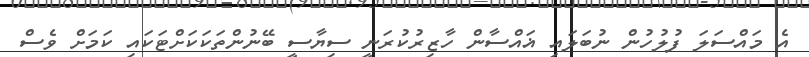
އެ މައްސަލަ ފުލުހުން ނުބަލައި ޣައްސާން ހާޒިރުކުރަނީ ސިޔާސީ ބޭނުންތަކަކަށްޓަކައި ކަމަށް ވެސް